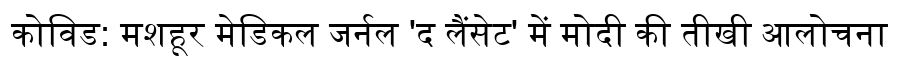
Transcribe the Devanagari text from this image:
कोविड: मशहूर मेडिकल जर्नल 'द लैंसेट' में मोदी की तीखी आलोचना